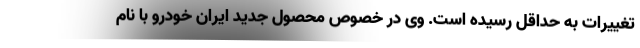
تغییرات به حداقل رسیده است. وی در خصوص محصول جدید ایران خودرو با نام